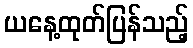
ယနေ့ထုတ်ပြန်သည့်